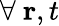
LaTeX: \forall~\mathbf{r},t